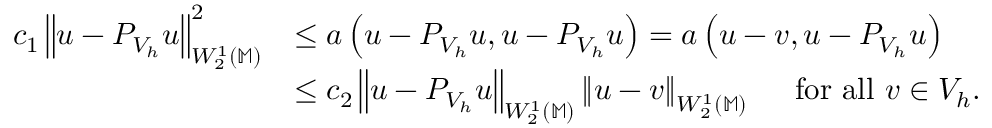
\begin{array} { r l } { c _ { 1 } \left\| u - P _ { V _ { h } } u \right\| _ { W _ { 2 } ^ { 1 } ( \mathbb { M } ) } ^ { 2 } } & { \le a \left( u - P _ { V _ { h } } u , u - P _ { V _ { h } } u \right) = a \left( u - v , u - P _ { V _ { h } } u \right) } \\ & { \le c _ { 2 } \left\| u - P _ { V _ { h } } u \right\| _ { W _ { 2 } ^ { 1 } ( \mathbb { M } ) } \left\| u - v \right\| _ { W _ { 2 } ^ { 1 } ( \mathbb { M } ) } \quad \mathrm { ~ f o r ~ a l l ~ } v \in V _ { h } . } \end{array}